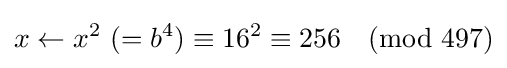
x\leftarrow x^{2}{\text{ }}(=b^{4})\equiv 16^{2}\equiv 256{\pmod {497}}